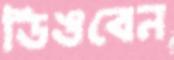
ডিঙবেন